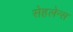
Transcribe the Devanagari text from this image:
सेहलेन्स